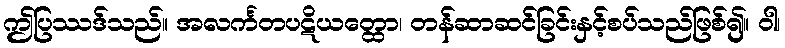
ဤပြဿဒ်သည်။ အလင်္ကတပဋိယတ္ထော၊ တန်ဆာဆင်ခြင်းနှင့်စပ်သည်ဖြစ်၍။ ဝါ၊